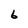
Character: 6